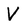
Character: V